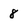
Character: 8